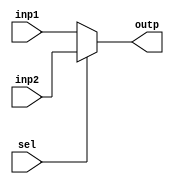
module mux2to1_1bit(input inp1, input inp2, input sel, output reg outp);
always@(inp2 or inp1 or sel)
	if(sel==1'b0)
		outp = inp1;
	else begin
		outp = inp2;
	end
endmodule